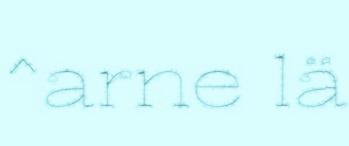
^arne lä